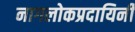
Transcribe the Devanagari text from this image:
नागलोकप्रदायिनी